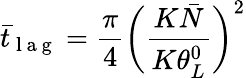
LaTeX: \bar{t}_{\mathrm{~l~a~g~}}=\frac{\pi}{4}\bigg(\frac{K\bar{N}}{K\theta_{L}^{0}}\bigg)^{2}